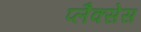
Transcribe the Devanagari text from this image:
प्लैक्सेस